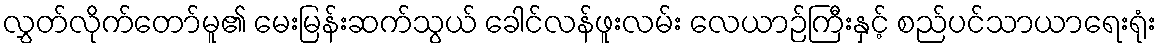
လွှတ်လိုက်တော်မူ၏ မေးမြန်းဆက်သွယ် ခေါင်လန်ဖူးလမ်း လေယာဉ်ကြီးနှင့် စည်ပင်သာယာရေးရုံး